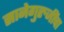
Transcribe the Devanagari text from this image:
सानेगुरुजींचा